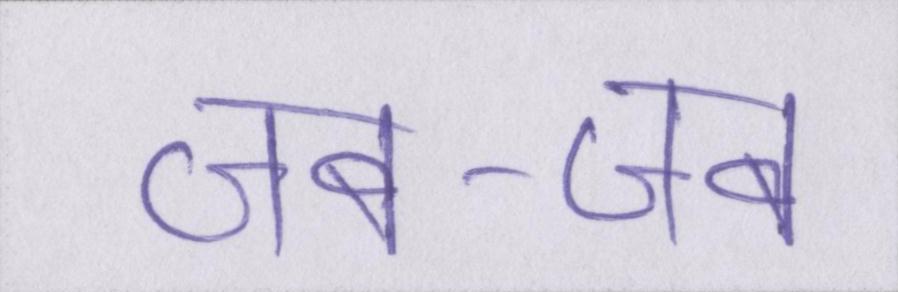
जब-जब